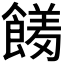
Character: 𮩊